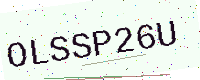
Text: OLSSP26U